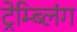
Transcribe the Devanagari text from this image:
ट्रेम्ब्लिंग